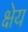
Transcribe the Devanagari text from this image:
क्षेय